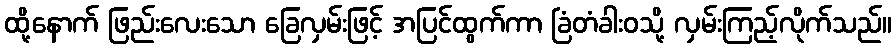
ထို့နောက် ဖြည်းလေးသော ခြေလှမ်းဖြင့် အပြင်ထွက်ကာ ခြံတံခါးဝသို့ လှမ်းကြည့်လိုက်သည်။